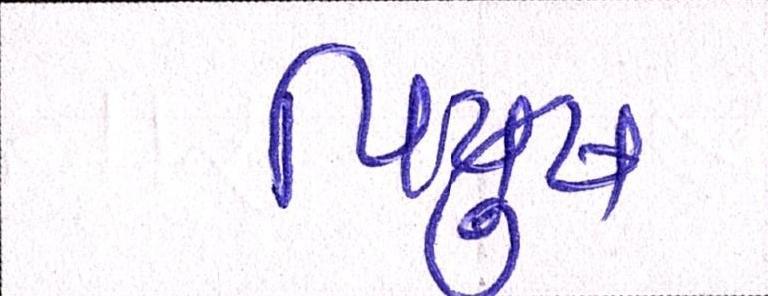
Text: પિયુષ